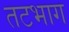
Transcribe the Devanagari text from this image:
तटभाग